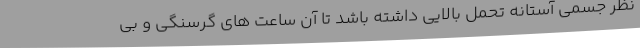
نظر جسمی آستانه تحمل بالایی داشته باشد تا آن ساعت های گرسنگی و بی